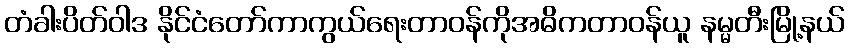
တံခါးပိတ်ဝါဒ နိုင်ငံတော်ကာကွယ်ရေးတာဝန်ကိုအဓိကတာဝန်ယူ နမ္မတီးမြို့နယ်